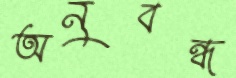
অনুবন্ধ